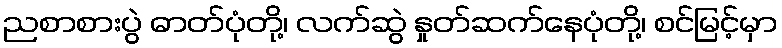
ညစာစားပွဲ ဓာတ်ပုံတို့၊ လက်ဆွဲ နှုတ်ဆက်နေပုံတို့၊ စင်မြင့်မှာ